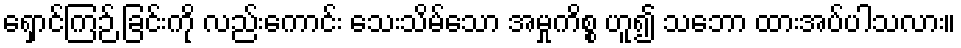
ရှောင်ကြဉ် ခြင်းကို လည်းကောင်း သေးသိမ်သော အမှုကိစ္စ ဟူ၍ သဘော ထားအပ်ပါသလား။